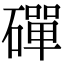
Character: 磾